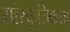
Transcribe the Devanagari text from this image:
सांस्कृतिकता